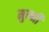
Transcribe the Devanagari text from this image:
मुन्‍नी